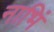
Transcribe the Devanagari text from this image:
नाभिं